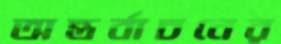
অন্তর্বাচনের